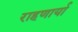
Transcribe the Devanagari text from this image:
राहणार्या